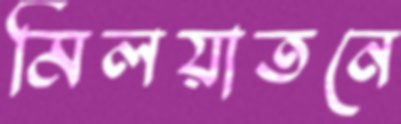
মিলয়াতনে